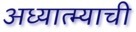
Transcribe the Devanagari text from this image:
अध्यात्म्याची